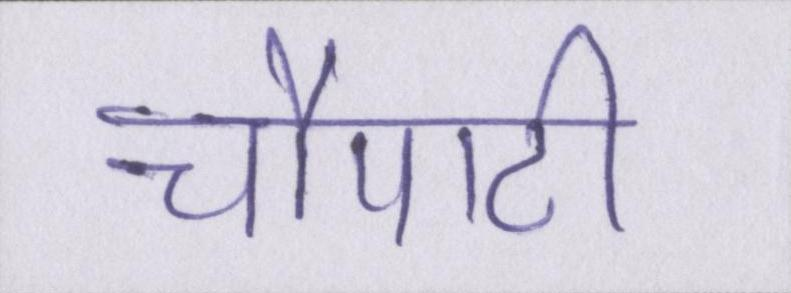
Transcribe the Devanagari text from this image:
चौपाटी